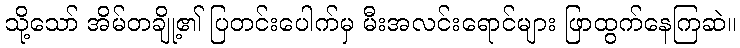
သို့သော် အိမ်တချို့၏ ပြတင်းပေါက်မှ မီးအလင်းရောင်များ ဖြာထွက်နေကြဆဲ။